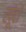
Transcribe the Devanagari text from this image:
खूंदों